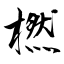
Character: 橪